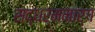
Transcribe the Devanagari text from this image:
सद्धर्ममार्ग